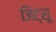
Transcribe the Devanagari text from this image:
जिंट्सू